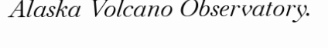
Alaska Volcano Observatory.